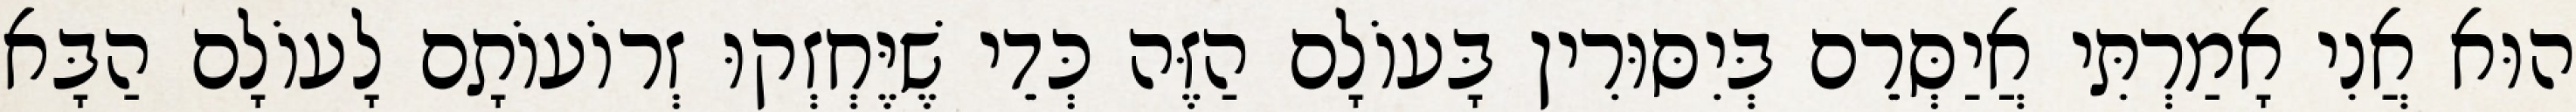
הוּא אֲנִי אָמַרְתִּי אֲיַסְּרֵם בְּיִסּוּרִין בָּעוֹלָם הַזֶּה כְּדֵי שֶׁיֶּחְזְקוּ זְרוֹעוֹתָם לָעוֹלָם הַבָּא